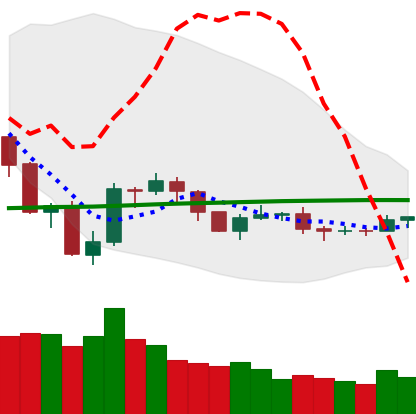
Ticker: NEO-USD
Chart end date: 2019-08-01
Forward return: -4.57%
Label: down_3_5